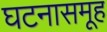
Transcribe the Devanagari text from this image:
घटनासमूह